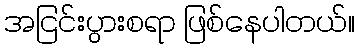
အငြင်းပွားစရာ ဖြစ်နေပါတယ်။